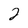
Character: 2